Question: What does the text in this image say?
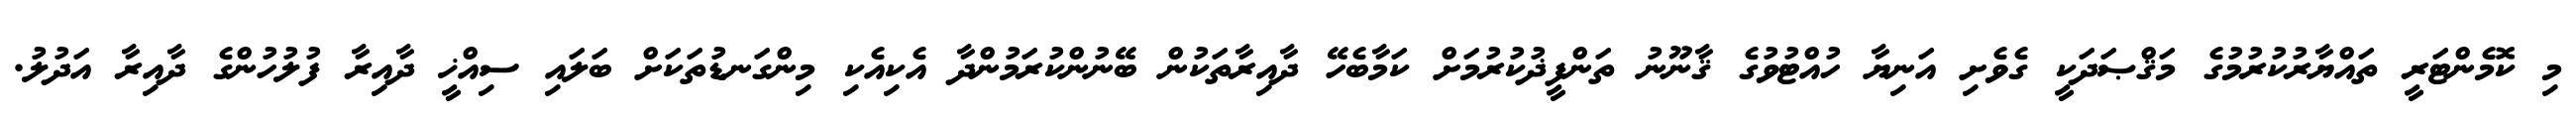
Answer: މި ކޮމެންޓަރީ ތައްޔާރުކުރުމުގެ މަޤްޞަދަކީ ގެވެށި އަނިޔާ ހުއްޓުވުގެ ޤާނޫނު ތަންފީޛުކުރުމަށް ކަމާބެހޭ ދާއިރާތަކުން ބޭނުންކުރަމުންދާ އެކިއެކި މިންގަނޑުތަކަށް ބަލައި ސިއްޚީ ދާއިރާ ފުލުހުންގެ ދާއިރާ އަދުލު.